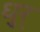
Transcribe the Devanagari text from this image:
धुर्